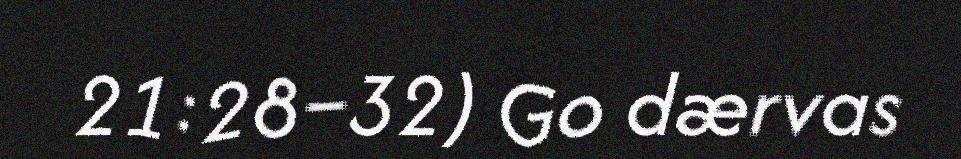
21:28–32) Go dærvas